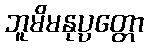
ဘူမိမနုပ္ပတ္တော